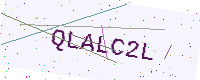
Text: QLALC2L